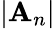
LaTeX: \left|\mathbf{A}_{n}\right|